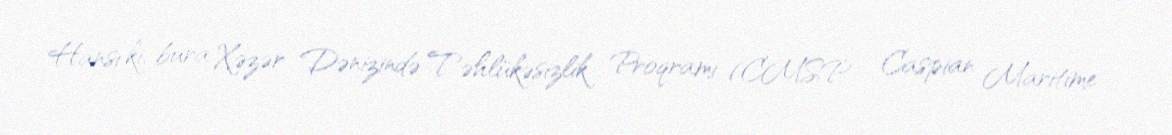
Hansı ki, bura Xəzər Dənizində Təhlükəsizlik Proqramı (CMSP - Caspian Maritime